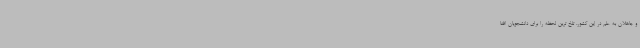
و جاهلان به علم در این کشور، تلخ ترین لحظه را برای دانشجویان افغا